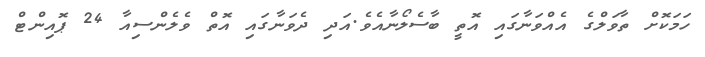
ހަމަކޮށް ތާވަލްގެ އެއްވަނާގައި އޮތީ ބާސެލޯނާއެވެ.އަދި ދެވަނާގައި އޮތް ވެލެންސިއާ 24 ޕޮއިންޓް